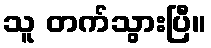
သူ တက်သွားပြီ။